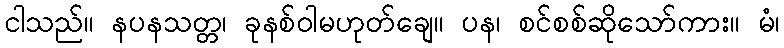
ငါသည်။ နပနသတ္တ၊ ခုနစ်ဝါမဟုတ်ချေ။ ပန၊ စင်စစ်ဆိုသော်ကား။ မံ၊